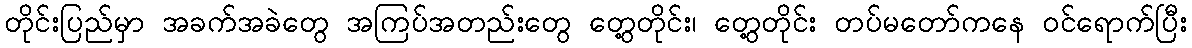
တိုင်းပြည်မှာ အခက်အခဲတွေ အကြပ်အတည်းတွေ တွေ့တိုင်း၊ တွေ့တိုင်း တပ်မတော်ကနေ ဝင်ရောက်ပြီး